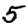
Digit: 5